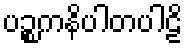
ပဉ္စကနိပါတပါဠိ